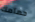
حمامك